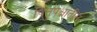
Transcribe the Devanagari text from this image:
पितृपक्षातील